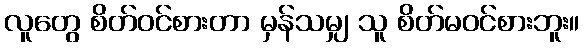
လူတွေ စိတ်ဝင်စားတာ မှန်သမျှ သူ စိတ်မဝင်စားဘူး။